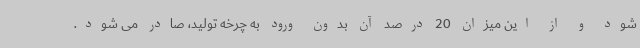
شود و از این میزان 20 درصد آن بدون ورود به چرخه تولید، صادر می شود.